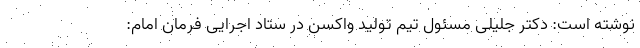
نوشته است: دکتر جلیلی مسئول تیم تولید واکسن در ستاد اجرایی فرمان امام: